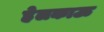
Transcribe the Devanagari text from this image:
हेलकाऊ